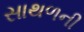
સાથળની